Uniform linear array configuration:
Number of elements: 12
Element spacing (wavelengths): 1
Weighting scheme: hamming
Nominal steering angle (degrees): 45
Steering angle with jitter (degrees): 44.91
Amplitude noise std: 0.05
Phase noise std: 0.05

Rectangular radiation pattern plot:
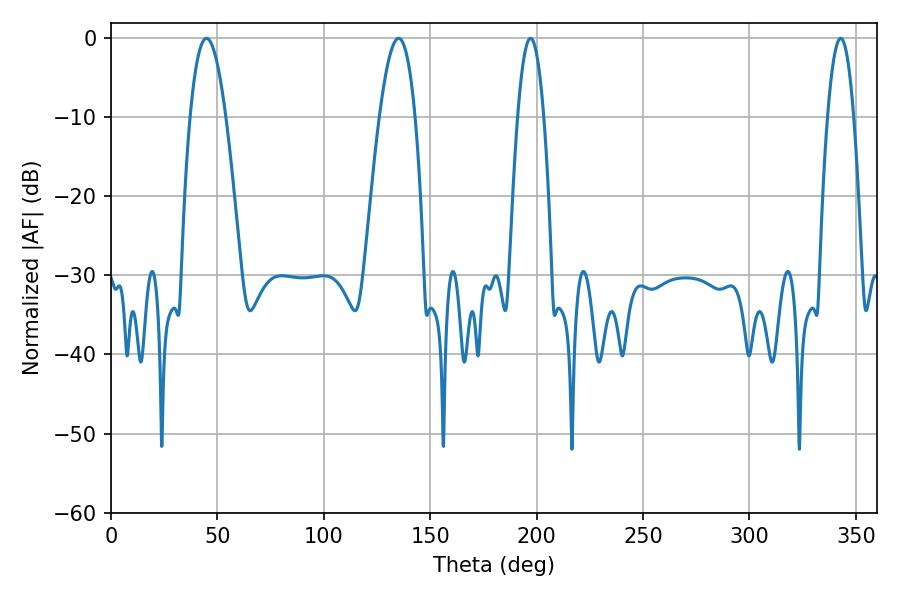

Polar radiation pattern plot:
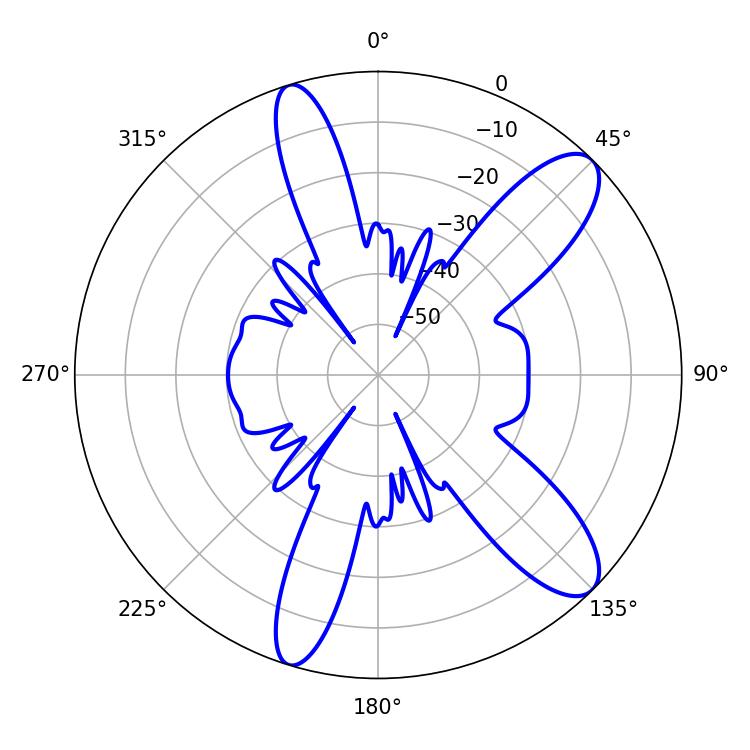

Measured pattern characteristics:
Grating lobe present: TRUE
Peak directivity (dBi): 10.699
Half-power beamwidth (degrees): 9.18
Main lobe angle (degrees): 44.82